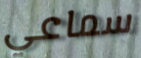
سماعي